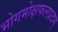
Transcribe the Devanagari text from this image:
भोगमोक्षफलप्रदम्